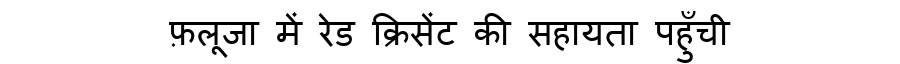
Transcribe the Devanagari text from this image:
फ़लूजा में रेड क्रिसेंट की सहायता पहुँची